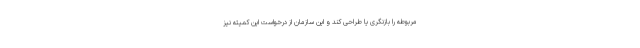
مربوطه را بازنگری یا طراحی کند و این سازمان از درخواست این کمیته نیز